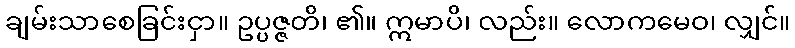
ချမ်းသာစေခြင်းငှာ။ ဥပ္ပဇ္ဇတိ၊ ၏။ ဣမာပိ၊ လည်း။ လောကမေဝ၊ လျှင်။